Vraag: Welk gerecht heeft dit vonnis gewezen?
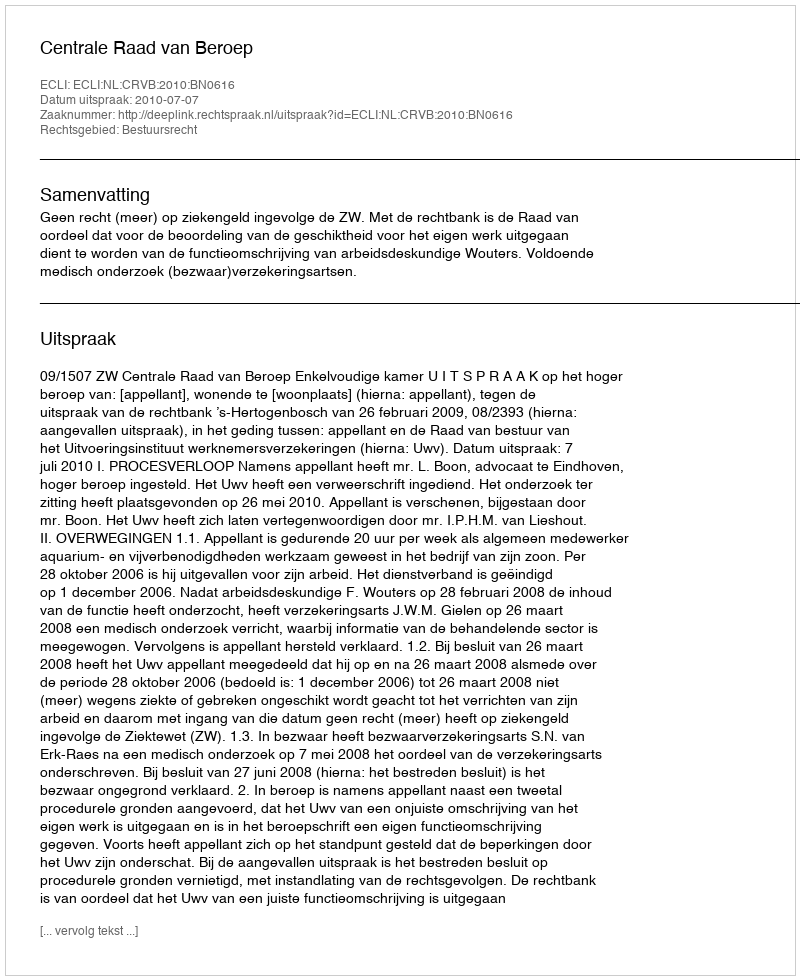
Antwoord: Centrale Raad van Beroep